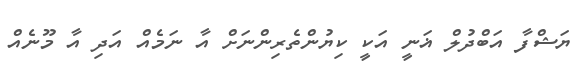
ޔަޝްފާ އަބްދުލް ޣަނީ އަކީ ކިޔުންތެރިންނަށް އާ ނަމެއް އަދި އާ މޫނެއް